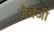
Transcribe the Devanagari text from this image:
जैबेंजी